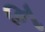
ભ